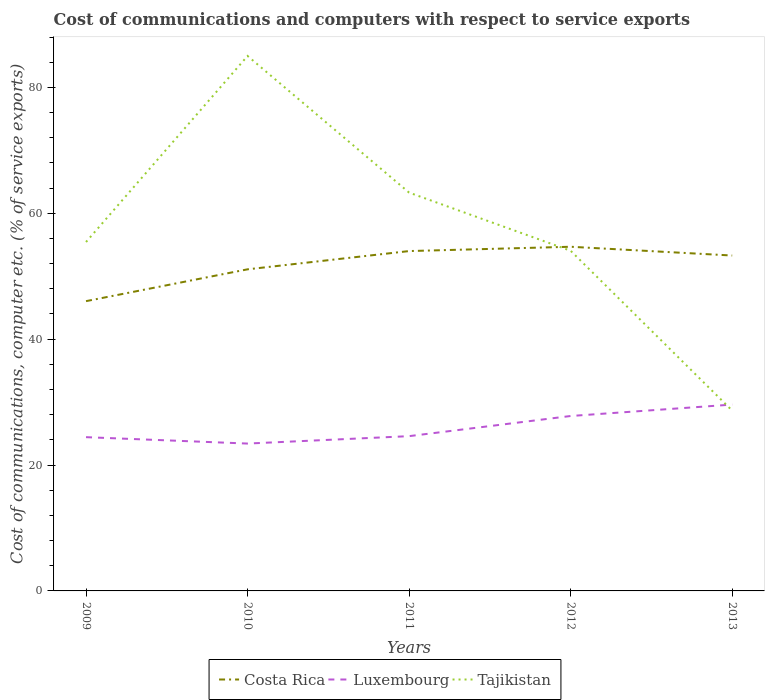
| Years | Costa Rica | Luxembourg | Tajikistan |
 | --- | --- | --- | --- |
 | 2009 | 46 | 24.4 | 55.4 |
 | 2010 | 51.1 | 23.4 | 85 |
 | 2011 | 54 | 24.6 | 63.3 |
 | 2012 | 54.7 | 27.8 | 54 |
 | 2013 | 53.3 | 29.6 | 28.6 |